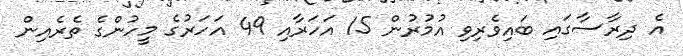
އެ ދިރާސާގައި ބައިވެރިވި އުމުރުން 15 އަހަރާއި 49 އަހަރުގެ މީހުންގެ ތެރެއިން